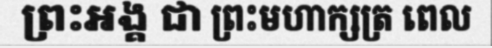
ព្រះអង្គ ជា ព្រះមហាក្សត្រ ពេល